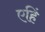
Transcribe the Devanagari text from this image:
एहिं